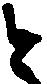
と